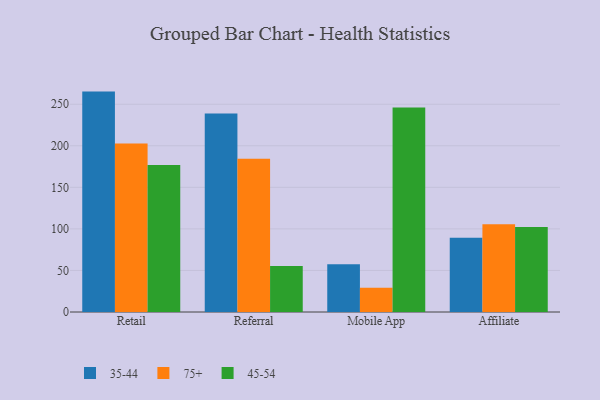
{"axis": {"x": "Channel", "y": "Shipments"}, "legend": ["35-44", "45-54", "75+"], "data": [{"x": "Retail", "y": 265.2, "type": "35-44"}, {"x": "Retail", "y": 202.8, "type": "75+"}, {"x": "Retail", "y": 176.9, "type": "45-54"}, {"x": "Referral", "y": 238.8, "type": "35-44"}, {"x": "Referral", "y": 184.5, "type": "75+"}, {"x": "Referral", "y": 55.3, "type": "45-54"}, {"x": "Mobile App", "y": 57.5, "type": "35-44"}, {"x": "Mobile App", "y": 29.2, "type": "75+"}, {"x": "Mobile App", "y": 246.0, "type": "45-54"}, {"x": "Affiliate", "y": 89.4, "type": "35-44"}, {"x": "Affiliate", "y": 105.5, "type": "75+"}, {"x": "Affiliate", "y": 102.3, "type": "45-54"}]}